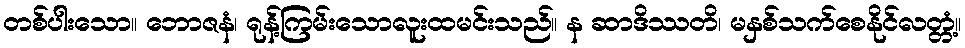
တစ်ပါးသော။ ဘောဇနံ၊ ရုန့်ကြမ်းသောလူးထမင်းသည်။ န ဆာဒိဿတိ၊ မနှစ်သက်စေနိုင်လတ္တံ့။